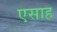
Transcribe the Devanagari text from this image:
एसाह